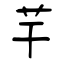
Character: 芉